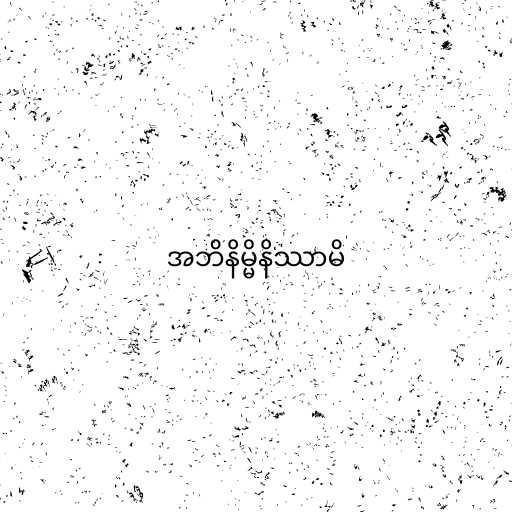
အဘိနိမ္မိနိဿာမိ